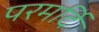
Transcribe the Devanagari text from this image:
परमर्दि